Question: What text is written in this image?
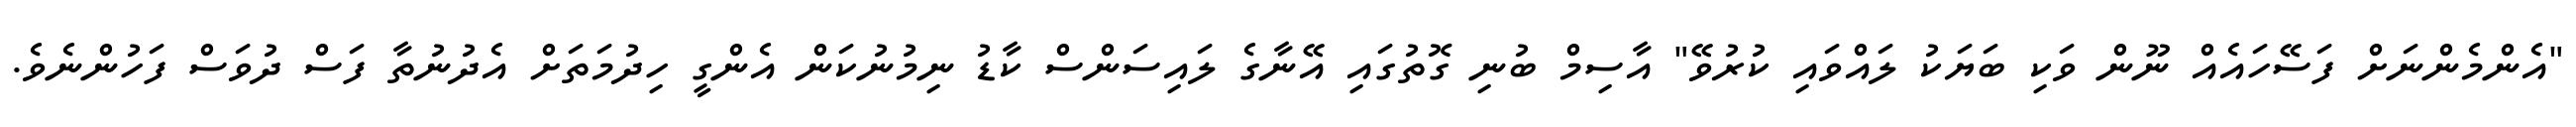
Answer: "އެންމެންނަށް ފަސޭހައެއް ނޫން ވަކި ބަޔަކު ލައްވައި ކުރުވޭ" އާސިމް ބުނި ގޮތުގައި އޭނާގެ ލައިސަންސް ކާޑު ނިމުނުކަން އެންގީ ހިދުމަތަށް އެދުނުތާ ފަސް ދުވަސް ފަހުންނެވެ.